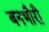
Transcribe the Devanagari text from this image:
बनभौरी